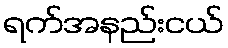
ရက်အနည်းငယ်